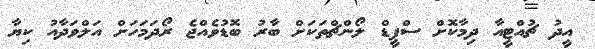
އީދު ޗުއްޓީއާ ދިމާކޮށް ސްޕީޑް ލޯންޗްތަކަށް ބާރު ބޮޑުވެއްޖެ ރޯދަމަހަށް އަލްވަދާއު ކިޔާ